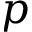
p